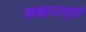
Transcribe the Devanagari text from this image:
मन्नारगुडी